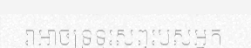
វាអាចទ្រទូរសព្ទរបស់អ្នក